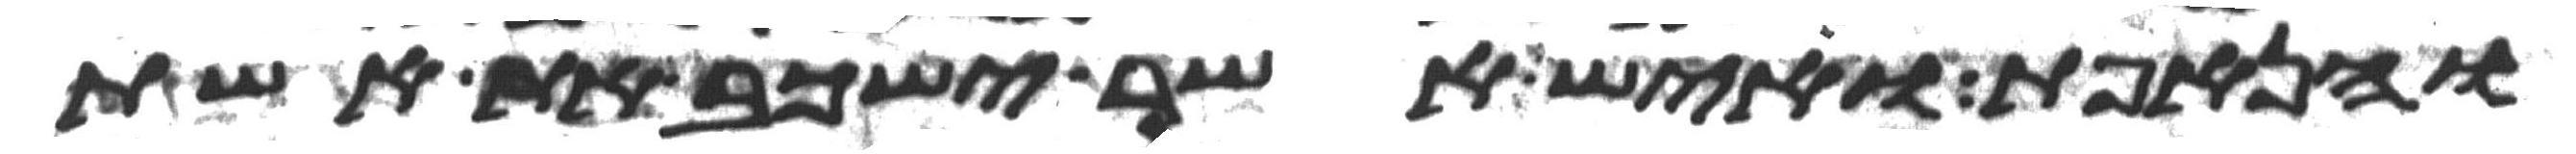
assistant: והנאפת ואיש אשר ישכב את אשת